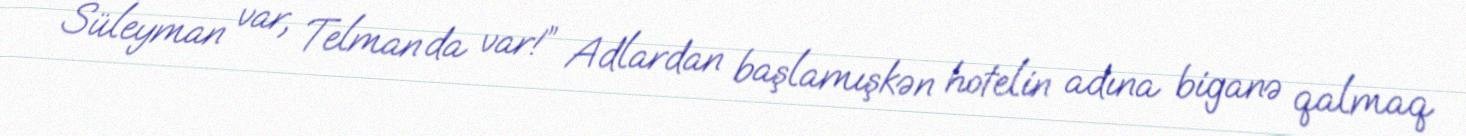
Süleyman var, Telman da var!” Adlardan başlamışkən hotelin adına biganə qalmaq